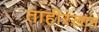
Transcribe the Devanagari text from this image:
ताहीरखान